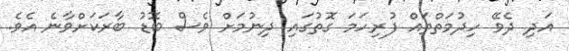
އަދި ދެވޭ ހިދުމަތްތައް ފުރިހަމަ ގޮތުގައި ދިނުމަށް ވެސް ބޮޑު ބާރަކަށްވާނެ އެވެ.